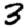
Digit: 3